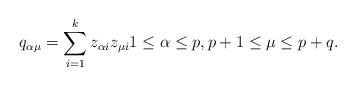
LaTeX: \begin{align*} q_{\alpha \mu} = \sum_{i=1}^k z_{\alpha i} z_{\mu i} 1 \leq \alpha \leq p, p+1 \leq \mu \leq p+q.\end{align*}